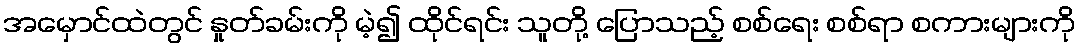
အမှောင်ထဲတွင် နှုတ်ခမ်းကို မဲ့၍ ထိုင်ရင်း သူတို့ ပြောသည့် စစ်ရေး စစ်ရာ စကားများကို